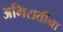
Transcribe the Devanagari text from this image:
अमिरातींना